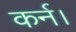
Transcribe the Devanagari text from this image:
कर्न।